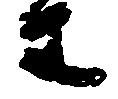
等